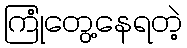
ကြုံတွေ့နေရတဲ့